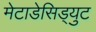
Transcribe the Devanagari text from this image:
मेटाडेसिड्युट